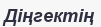
Діңгектің